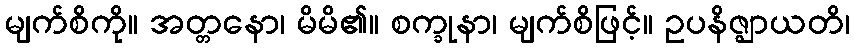
မျက်စိကို။ အတ္တနော၊ မိမိ၏။ စက္ခုနာ၊ မျက်စိဖြင့်။ ဥပနိဇ္ဈာယတိ၊